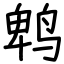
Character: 鹎